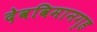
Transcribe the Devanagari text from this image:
देवविमानगृह